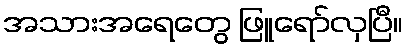
အသားအရေတွေ ဖြူရော်လှပြီ။